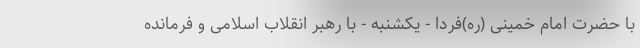
با حضرت امام خمینی (ره)فردا - یکشنبه - با رهبر انقلاب اسلامی و فرمانده